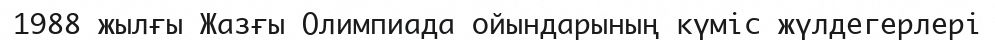
1988 жылғы Жазғы Олимпиада ойындарының күміс жүлдегерлері